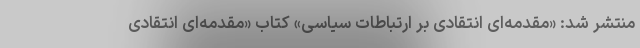
منتشر شد: «مقدمه‌ای انتقادی بر ارتباطات سیاسی» کتاب «مقدمه‌ای انتقادی